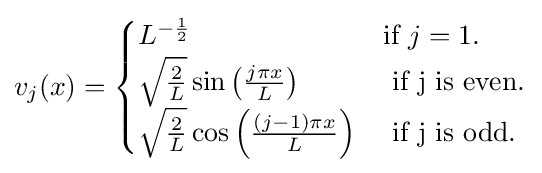
v_{j}(x)={\begin{cases}L^{-{\frac {1}{2}}}&{\mbox{if }}j=1.\\{\sqrt {\frac {2}{L}}}\sin \left({\frac {j\pi x}{L}}\right)&{\mbox{ if j is even.}}\\{\sqrt {\frac {2}{L}}}\cos \left({\frac {(j-1)\pi x}{L}}\right)&{\mbox{ if j is odd.}}\end{cases}}